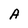
Character: A